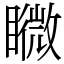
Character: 矀